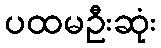
ပထမဦးဆုံး